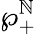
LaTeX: \wp_{+}^{\mathbb{N}}